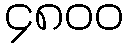
၄၈၀၀